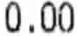
0.00